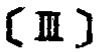
(\text{III})